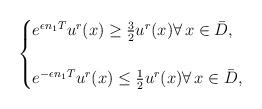
LaTeX: \begin{align*}\begin{cases}e^{\epsilon n_1 T}u^r(x)\ge \frac{3}{2} u^r(x)\forall \, x\in\bar D,\\\\e^{-\epsilon n_1 T} u^r(x)\le \frac{1}{2} u^r(x)\forall\, x\in\bar D,\end{cases}\end{align*}